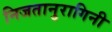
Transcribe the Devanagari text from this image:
निजतानुरागिनी